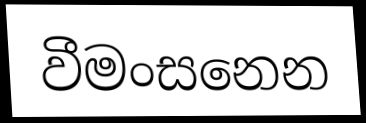
වීමංසනෙන